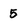
Character: 5